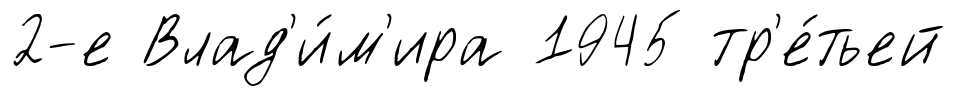
2-е Влад'и́м'ира 1945 тр'е́тьей